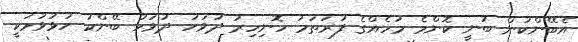
އެބޭންކުން ބުނީ ކޮންމެ މަހެއްގެ ފުރަތަމަ ހޮނިހިރު ދުވަހު ދުވަހު ބޭންކު ހުޅުވުމަކީ